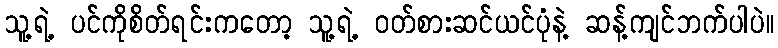
သူ့ရဲ့ ပင်ကိုစိတ်ရင်းကတော့ သူ့ရဲ့ ဝတ်စားဆင်ယင်ပုံနဲ့ ဆန့်ကျင်ဘက်ပါပဲ။